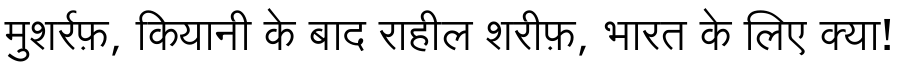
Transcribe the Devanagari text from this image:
मुशर्रफ़, कियानी के बाद राहील शरीफ़, भारत के लिए क्या!